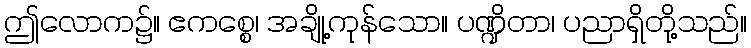
ဤလောက၌။ ဧကစ္စေ၊ အချို့ကုန်သော။ ပဏ္ဍိတာ၊ ပညာရှိတို့သည်။